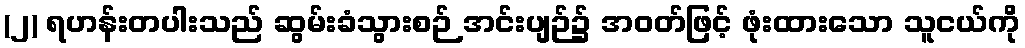
(၂) ရဟန်းတပါးသည် ဆွမ်းခံသွားစဉ် အင်းပျဉ်၌ အဝတ်ဖြင့် ဖုံးထားသော သူငယ်ကို